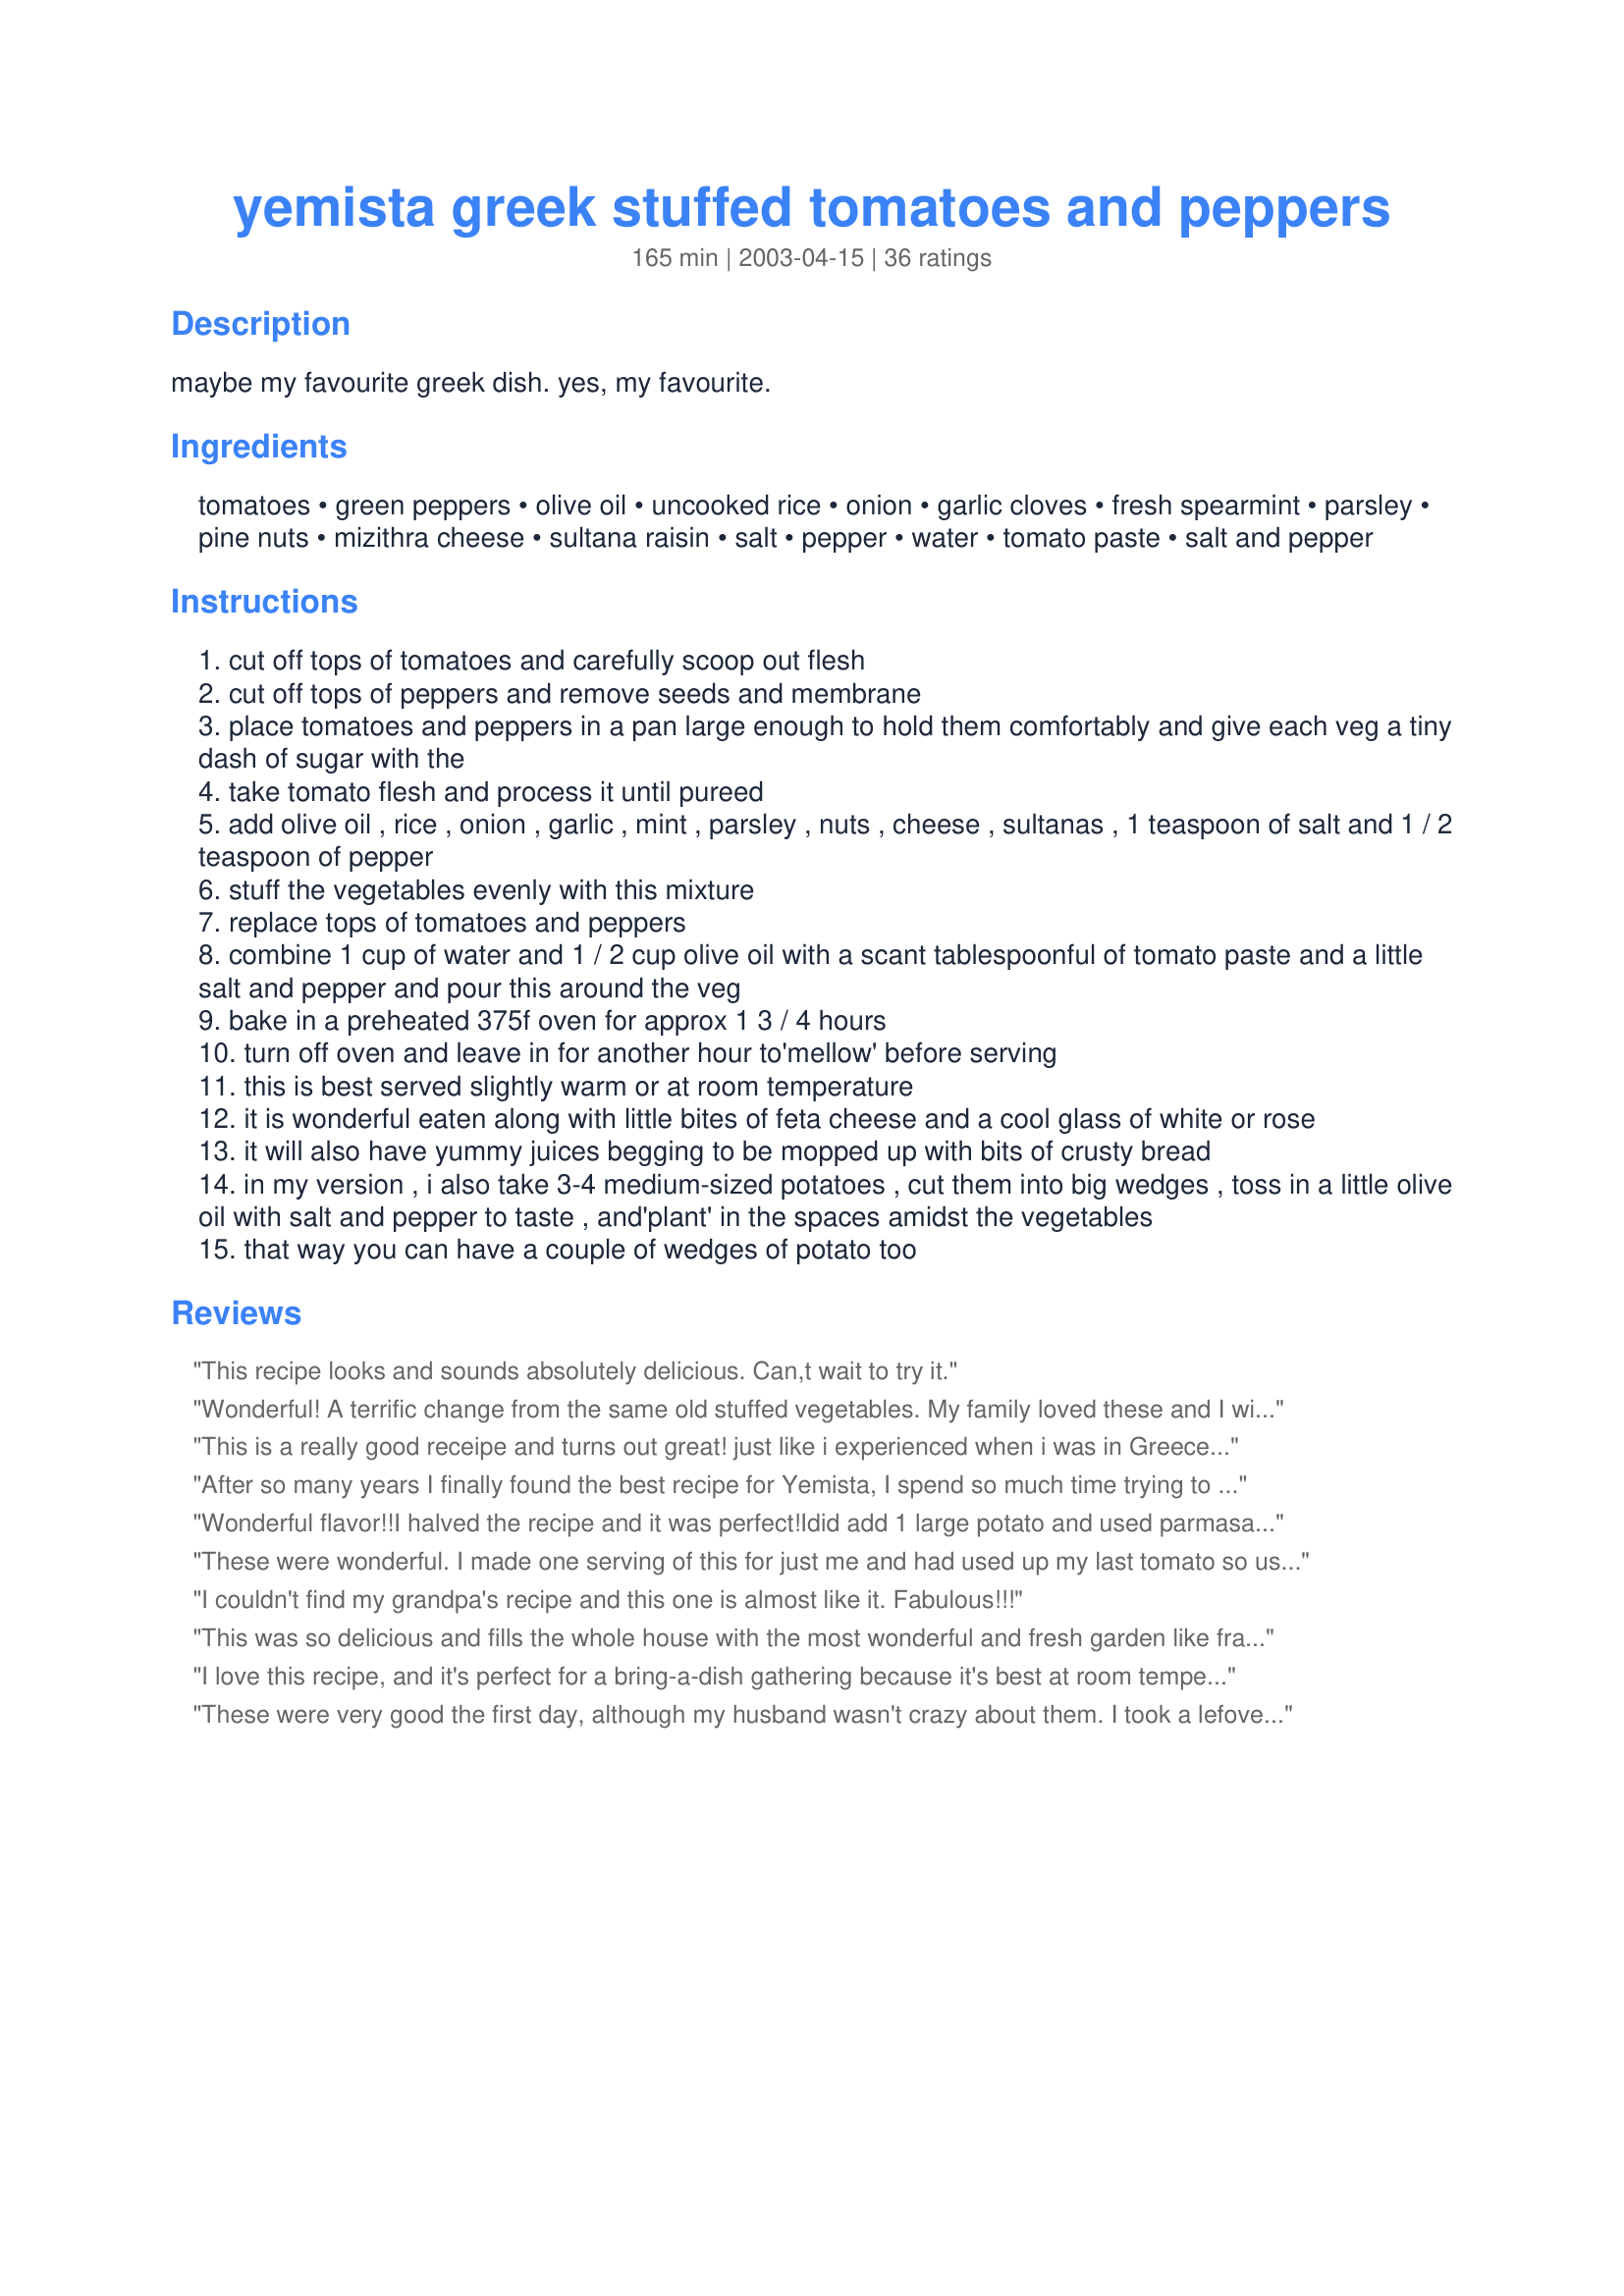
yemista greek stuffed tomatoes and peppers
Preparation time: 165 minutes

maybe my favourite greek dish. yes, my favourite.

Ingredients:
tomatoes, green peppers, olive oil, uncooked rice, onion, garlic cloves, fresh spearmint, parsley, pine nuts, mizithra cheese, sultana raisin, salt, pepper, water, tomato paste, salt and pepper

Steps:
cut off tops of tomatoes and carefully scoop out flesh
cut off tops of peppers and remove seeds and membrane
place tomatoes and peppers in a pan large enough to hold them comfortably and give each veg a tiny dash of sugar with the
take tomato flesh and process it until pureed
add olive oil , rice , onion , garlic , mint , parsley , nuts , cheese , sultanas , 1 teaspoon of salt and 1 / 2 teaspoon of pepper
stuff the vegetables evenly with this mixture
replace tops of tomatoes and peppers
combine 1 cup of water and 1 / 2 cup olive oil with a scant tablespoonful of tomato paste and a little salt and pepper and pour this around the veg
bake in a preheated 375f oven for approx 1 3 / 4 hours
turn off oven and leave in for another hour to'mellow' before serving
this is best served slightly warm or at room temperature
it is wonderful eaten along with little bites of feta cheese and a cool glass of white or rose
it will also have yummy juices begging to be mopped up with bits of crusty bread
in my version , i also take 3-4 medium-sized potatoes , cut them into big wedges , toss in a little olive oil with salt and pepper to taste , and'plant' in the spaces amidst the vegetables
that way you can have a couple of wedges of potato too

Reviews:
This recipe looks and sounds absolutely delicious. Can,t wait to try it.
Wonderful! A terrific change from the same old stuffed vegetables. My family loved these and I will make the dish again.
Thanks, Ev!
This is a really good receipe and turns out great! just like i experienced when i was in Greece recently... I substitute dry white wine in place of water. Yum! I'm cooking it again today.
After so many years I finally found the best recipe for Yemista, I spend so much time trying to identify what I was doing wrong as my dish wasn&#039;t the same or even close to as it is in my fav city of Athens (Greece) where my family and I spend a while each year and now after I found this recipe I am the happiest person in the whole world! I made it 3 times already and it tests like heaven! exactly like in Athens!!! I got so many compliments from my husband , my daughter and friends, people who loves Greek food too. I just want to say Bravo Evelyn!!! Thank you very much for a little peace of Greece on my plate which I enjoy very much-:)
Wonderful flavor!!I halved the recipe and it was perfect!Idid add 1 large potato and used parmasan cheese and black olives,will make again,thanks.Linda
These were wonderful. I made one serving of this for just me and had used up my last tomato so used 2 roma tomatoes instead. I made this as directed except the only mizithra cheese I could find was grated. I added both pine nuts and almonds and loved the raisins in this combination too. Thanks evelyn/athens for a great treat. Made by an Unruly Under the Influence for ZWT6.
I couldn't find my grandpa's recipe and this one is almost like it. Fabulous!!!
This was so delicious and fills the whole house with the most wonderful and fresh garden like fragrance. We halved the recipe and served it with a homeade bruschetta recipe and a glass of Rose.We used fresh parmesan cheese and golden raisins. Don't skip on the fresh herbs, these are the best part. Thank you evelyn for a healthy and tasteful meal!
I love this recipe, and it's perfect for a bring-a-dish gathering because it's best at room temperature or just a little warm. I've served these with Turkish chicken with yogurt, and with prawn saganaki- it really goes with anything or just makes a beautiful lunch. The pan juices are heavenly!
These were very good the first day, although my husband wasn't crazy about them. I took a lefover pepper and a tomato as my lunch for work today, and BOY - this is the kind of dish that really improves after sitting a while! It was incredible! This would be a nice thing to make for a buffet dinner party.
Great recipe. It's realy worth the time it takes to prepare. 

It's not the one I had in Santorini, but it's close.
Oh My! These were the best stuffed peppers and tomatoes I have ever had in my life. This recipe is amazing. If you are thinking of trying this, think no longer, this is a winner. I have never been so happy with a recipe in my life. I love Greek food and this is Greek. Absolutely amazing! There should be a special category for recipes like this. 10 stars and more. Thank you so much for this dish. My family and I are still fighting for the leftovers.
I agree these were even better the next day... thanks evelyn (^^)
absolutely &quot;lick the plate&quot;!!!!!!
The very best. Great as an appie platter, which I did. I had 6 each tomatoes and peppers, used 1/2 cup olive oil, 18 tbsp rice, pine nuts, and asiago cheese. Classy, rich, earthy. Thank You.
Outstanding! Made exactly as written, used shredded parmesan, and it turned out PERFECT!!! Evelyn, you are a gem for sharing this, everyone LOVED IT! I will make this again and again. <br/><br/>Updated 08/27/12: I can not say enough great things about this recipe. You can not get results like this from a cookbook. Evelyn's instructions and measurements are like learning from your Greek yaya. I turn to this recipe again and again, and have made these probably 8 times - always perfect, always to rave reviews. Make them, you won't be disappointed.
I was looking for a recipe that duplicated stuffed peppers we had in Greece-this fit the bill. My husband and I both loved the peppers and tomatoes. Adding the potatos in an excellent idea (next time I will add more because it tasted SO good). I made this for dinner last night and was craving it when I went to bed and again today. I will make again very soon! Also, it was easier to make than I had anticipated (about 20 minutes for a half size recipe). I watched the oven like a hawk and was just sure that the rice was not going to cook fully, but it was perfect. Thanks for the wonderful recipe!
Let me add...I use parmasean cheese, leave out the raisins and pine nuts and usually add just a tablespoon of oil to the water the peppers cook in. This is one of my favorite dinners. Delicious!
FINALLY.. !! My grandmother used to make these and I have been searching the world for the recipe that would capture this uniquely "greek/turkish" taste.<br/>Well folks.. this is it !<br/>Evelyn shows deep understanding of greek cuisine in her quantity of olive oil (don't be alarmed..) and , especially her step 10. ( Leave an hour or two in the oven..) This is very important as it allows a kind of caramelization which is.. everything ! without this last step mine used to taste like a warm pepper salad mixed with rice !<br/>It has now become one of my family's favourites !<br/><br/>Just a tiny detail.. since the rice is not pre-boiled, it will expand.. so don't stuff them all the way to the top or they will overspill..<br/>I also dribbled 1/2 tsp of olive oil on the mixture in each pepper after stuffing ( but then..I'm an olive-oil addict )<br/> <br/>GEIA SOU EVELYN.. EISAI ETHNIKOS THISAUROS !!<br/>( Evelyn you are a national treasure !! )<br/><br/>Dimitri
Absolutely the best stuffed tomatoes and peppers, ever! No meet needed here! So much flavor and aroma! I also used only 1tbs of rice per vegetable, like Pets'R'us. I used Parmesan for cheese, cubed it sultana size, but it must have been too small, because I could hardly taste the cheese when cooked. The sultanas are a must, actually might add some more next time. Also, since I am an "acid addict", poured a slurp of Balsamic vinegar in the liquid. Heavenly! Might try the potato thing, next time. Thank you for wonderful recipe!
From one Greek to another, your ingredients look like a traditional recipe, but, in application...it's really over the top. To me the beauty of stuffed tomatoes is subtlety. Half cup of minced parsley, quarter cup of minced spearmint, mizithra cheese in the stuffing?? The simplicity is lost and the flavor is overwhelming.
My hubby made this recipe on Sunday night, so we could have an easy go-to dinner during the week. The only thing was it barely survived one day in the fridge--because we gobbled it all up on Monday evening! This smelled heavenly roasting in the oven and was just as pleasing to the eye. The flavor combination of herbs, spices, raisins and parmesan/romano cheese was perfect. We really enjoyed the texture the pine nuts contributed to the dish; although next time, I would lightly toast them before adding to the rice mixture. I was worried that the peppers and tomatoes would disintegrate being cooked for so long, but they held together very nicely. The rice was perfectly cooked and tender, and there was a good amount of "sauce" in the bottom of the pan to spoon over the peppers/tomatoes as they were served. We love Greek food but have never had anything like this. It was an amazing dish and certain to be a treasured addition to our recipe collection. Thanks for sharing this recipe!
LOVED IT! I made 6 peppers and 6 tomatoes. I gave my Mom some and she was thrilled. Told me I "outdid" myself this time. I used Kasseri. I'm going to make it when my brother and sister-in-law visit. We all love Greek.
I almost finished them tonight, but saved the last one for my Mom. Thanks again
Truly an outstanding recipe! I really appreciate the fact that the ingredients listed the amount per tomato/pepper for the rice and that it gave the mint for fresh or dried. I reduced the servings considerably, included the potatoes as suggested and used the pine nuts. This is definitely a winning recipe. :)
I would like to sincerely thank the writer of this recipe for sharing this WONDERFUL recipe. So many times on the internet I've been disappointed with poorly tested recipes. That is not the case with this one: this is PHENOMENAL! Authentic flavors and great cooking tips (such as sprinkling with sugar first and adding potatoes to the pan). I am very grateful and adding it into my &quot;favorite recipe&quot; file for lots of future use. I made it tonight and it was delectable!!!
Delicious! I followed the original recipe and it turned out wonderful! Brings back memories of Greece.
We loved this recipe, my DH said "what no ground beef in the peppers ?"but changed his mind on sampling ( more like snarfling them)later. I loved the blend of flavors, had to use parmesan cheese as way out in the boondocks here we cant get the other.
this was simple and delicious. perfect after a trip to the farmers' market. we will definitely be making this again and again.
Veggie Dornette #1 was home for the weekend and I thought I would surprise her with something besides lasagne (which she asks for each time she comes home). Peppers are plentiful in the market now, although it's not really tomato season. I did try this with 2 tomatoes, but I have to say that the recipe was 90% peppers. To make up for the missing tomato flesh I used some canned tomatoes, chopped up. Left out the mint, because I knew the kids would never touch it with mint (not very adventurous, my kids). I also left out the raisins, again, because the kids won't eat anything with "bugs" in it. Doubled up on the pine nuts instead, you can never have too many pine nuts (budget permitting). The only other change -- I didn't have (or even look for) mizithra or kefalograviera cheese, so I used a nice Cypriot haloumi instead. Ev, major yummy dish here!
This is a wonderful, authentic recipe. My father in law, who is from Greece, loved it. I followed the recipe exactly as directed - DELICIOUS!
Very very nice, I halved the recipe but not the liquid that you add and that turned out good, used only 1 tablespoon of rice per vegetable. It was enough for the size of the tomatoes and the peppers I used. Could not get the cheese you mentioned in the recipe and used grated Halloumi cheese. The raw rice was perfectly cooked by the time we had the dish. The only thing I added was some dried oregano.
Very tasty. I had to improvise a tiny bit with ingredients due to what I had on hand (and because I cut the peppers the way I typically do to remove the stem, oops!), but nothing serious. The only thing I&#039;d change is to to possibly reduce the olive oil a little. I&#039;ll have to &quot;sacrifice&quot; myself for a few more experiments of this recipe to be sure. :)
I actually just cooked this dish last night, I've always love this dish but without the cheese, nuts or raisin, the mint and parsley is a must, Thats what makes the dish.
This was so good! and easy! it seems like a lot of ingredients but I keep alot of it on hand already so its super quick to throw together, sometimes I sub half the rice for quinoa which is really good too, I still cook it for the same time and temp.<br/>Thanks it's one of my repeat favorites, healthy and vegetarian or vegan if you leave out the cheee:)
Yemista is one of my most favorities dishes and I make them very often in summer mostly. This time I made Evelyn's recipe.
 So I added pine nuts and raisins. I JUST LOVED THEM! Gave a very nice sweeteness to the recipe! Also I didn't know the trick with the tiny dash of sugar! Great recipe Evelyn! Thanks so much,I'm so lucky I found your recipe for my favorite dish! More than 5 stars from me!
Excellent recipe. Loved by all! Thanks!
Wonderful recipe! I highly recommend. It is great for strict vegetarians as well, just leave out the cheese.
